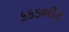
કકડભીટ